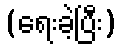
(ရေးခဲ့ပြီး)